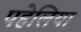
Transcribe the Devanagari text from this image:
पहेलिया